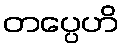
တပ္ပေဟိ